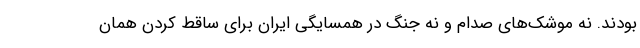
بودند. نه موشک‌های صدام و نه جنگ در همسایگی ایران برای ساقط کردن همان